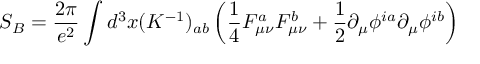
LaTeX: S _ { B } = \frac { 2 \pi } { e ^ { 2 } } \int d ^ { 3 } x ( K ^ { - 1 } ) _ { a b } \left( \frac { 1 } { 4 } F _ { \mu \nu } ^ { a } F _ { \mu \nu } ^ { b } + \frac { 1 } { 2 } \partial _ { \mu } \phi ^ { i a } \partial _ { \mu } \phi ^ { i b } \right)